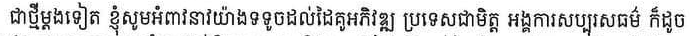
ជាថ្មីម្ដងទៀត ខ្ញុំសូមអំពាវនាវយ៉ាងទទូចដល់ដៃគូរអភិវឌ្ឍ ប្រទេសជាមិត្ត អង្គការសប្បុរសធម៌ ក៏ដូច